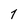
Character: 7